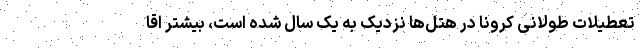
تعطیلات طولانی کرونا در هتل‌ها نزدیک به یک سال شده است، بیشتر اقا